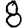
Digit: 8